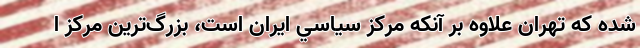
شده كه تهران علاوه بر آنكه مركز سياسي ايران است، بزرگ‌ترین مرکز ا